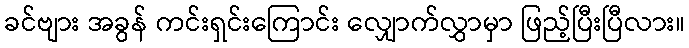
ခင်ဗျား အခွန် ကင်းရှင်းကြောင်း လျှောက်လွှာမှာ ဖြည့်ပြီးပြီလား။